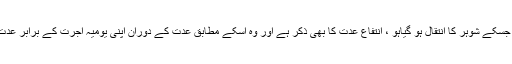
قانوں میں ایک تحفظ یافتہ عورت کیلیئے، جسکے شوہر کا انتقال ہو گیاہو ، انتفاع عدت کا بھی ذکر ہے اور وہ اسکے مطابق عدت کے دوران اپنی یومیہ اجرت کے برابر عدت کے فوائد حاصل کرنے کی حقدار ہو گی۔